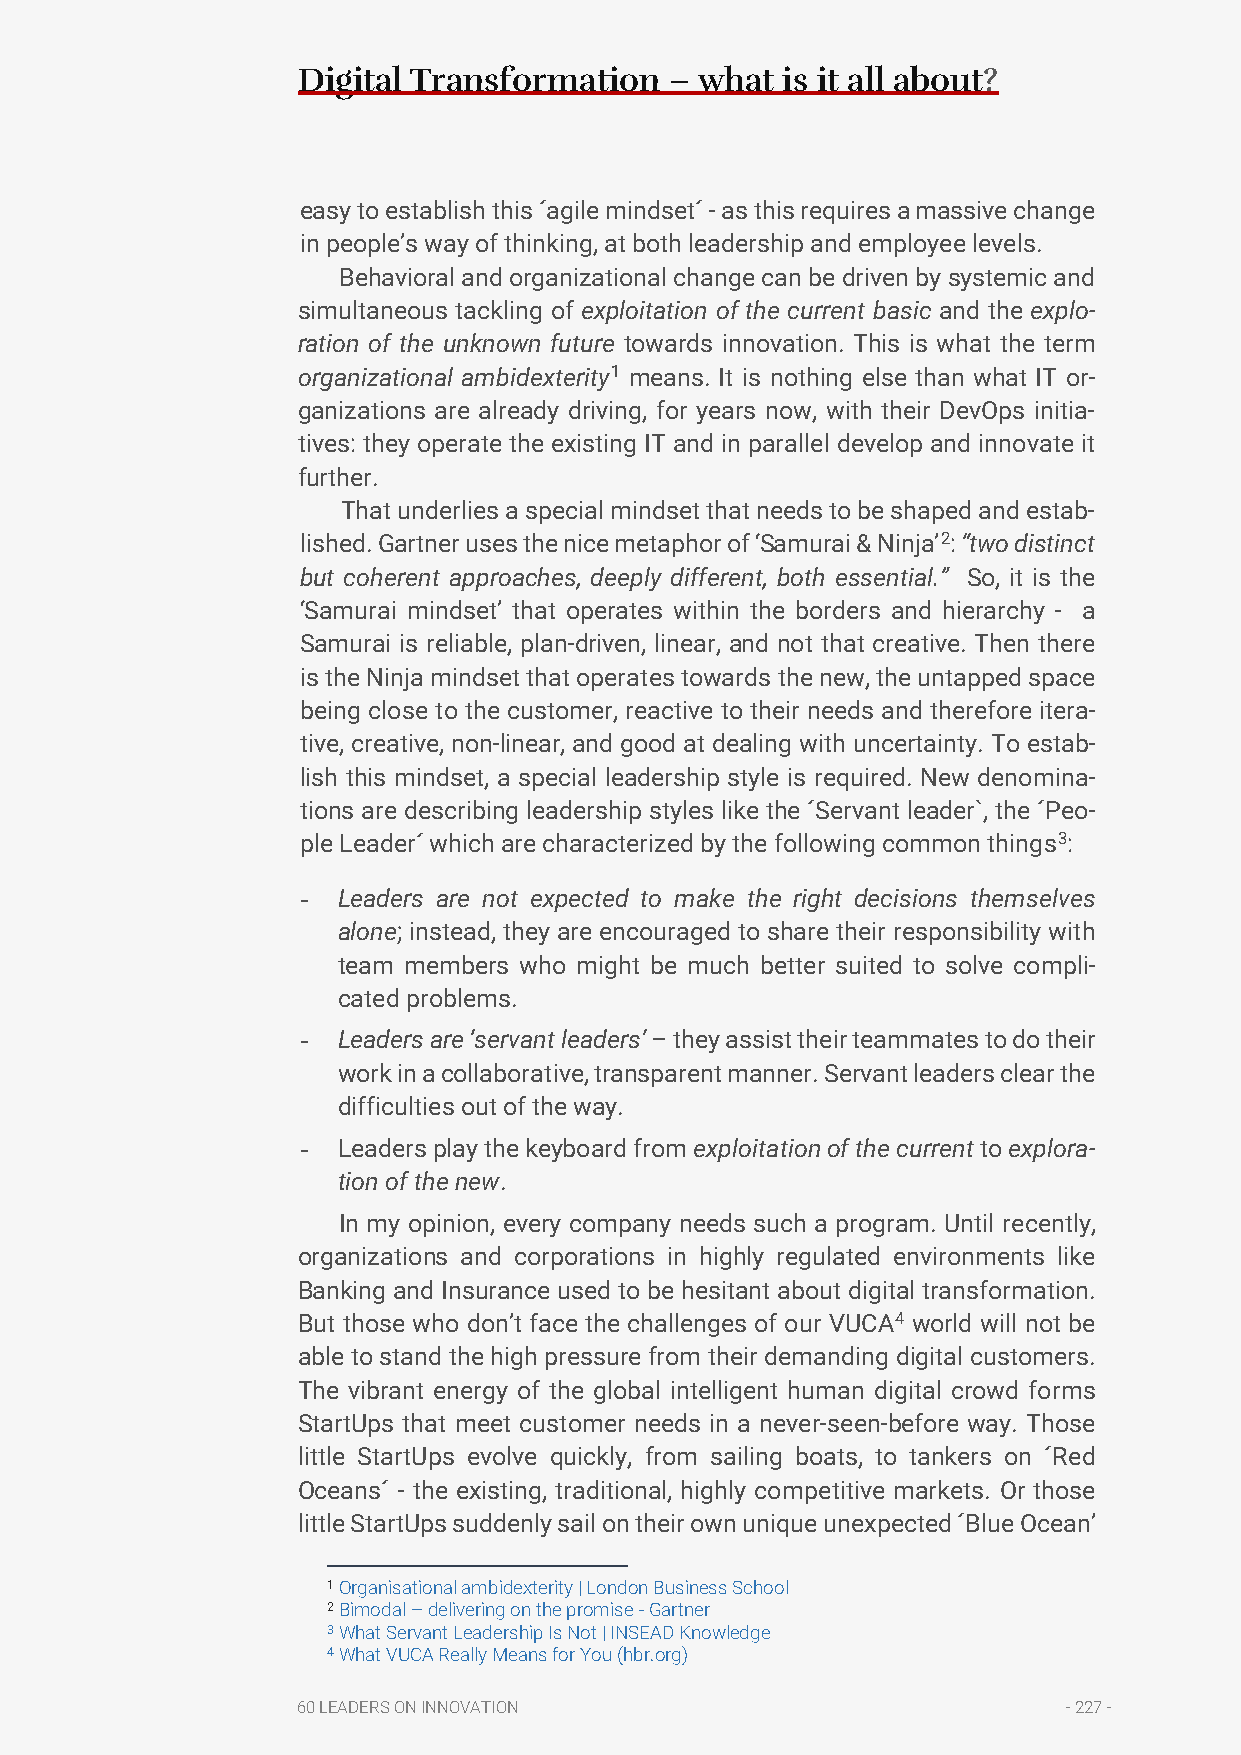
Digital Transformation  – what  is it all about?
 easy to establish this ´agile mindset´ - as this requires a massive change
 in people’s way of thinking, at both leadership and employee levels.
 Behavioral and organizational change can be driven by systemic and
 simultaneous tackling of exploitation of the current basic and the explo-
 ration of the unknown future towards innovation. This is what the term
 organizational ambidexterity1 means. It is nothing else than what IT or-
 ganizations are already driving, for years now, with their DevOps initia-
 tives: they operate the existing IT and in parallel develop and innovate it
 further.
 That underlies a special mindset that needs to be shaped and estab-
 lished. Gartner uses the nice metaphor of ‘Samurai & Ninja’2: “two distinct
 but coherent approaches, deeply different, both essential.” So, it is the
 ‘Samurai mindset’ that operates within the borders and hierarchy - a
 Samurai is reliable, plan-driven, linear, and not that creative. Then there
 is the Ninja mindset that operates towards the new, the untapped space
 being close to the customer, reactive to their needs and therefore itera-
 tive, creative, non-linear, and good at dealing with uncertainty. To estab-
 lish this mindset, a special leadership style is required. New denomina-
 tions are describing leadership styles like the ´Servant leader`, the ´Peo-
 ple Leader´ which are characterized by the following common things3:
 - Leaders are not expected to make the right decisions themselves
 alone; instead, they are encouraged to share their responsibility with
 team members who might be much better suited to solve compli-
 cated problems.
 - Leaders are ‘servant leaders’ – they assist their teammates to do their
 work in a collaborative, transparent manner. Servant leaders clear the
 difficulties out of the way.
 - Leaders play the keyboard from exploitation of the current to explora-
 tion of the new.
 In my opinion, every company needs such a program. Until recently,
 organizations and corporations in highly regulated environments like
 Banking and Insurance used to be hesitant about digital transformation.
 But those who don’t face the challenges of our VUCA4 world will not be
 able to stand the high pressure from their demanding digital customers.
 The vibrant energy of the global intelligent human digital crowd forms
 StartUps that meet customer needs in a never-seen-before way. Those
 little StartUps evolve quickly, from sailing boats, to tankers on ´Red
 Oceans´ - the existing, traditional, highly competitive markets. Or those
 little StartUps suddenly sail on their own unique unexpected ´Blue Ocean’
 1 Organisational ambidexterity | London Business School
 2 Bimodal – delivering on the promise - Gartner
 3 What Servant Leadership Is Not | INSEAD Knowledge
 4 What VUCA Really Means for You (hbr.org)
 60 LEADERS ON INNOVATION                           - 227 -